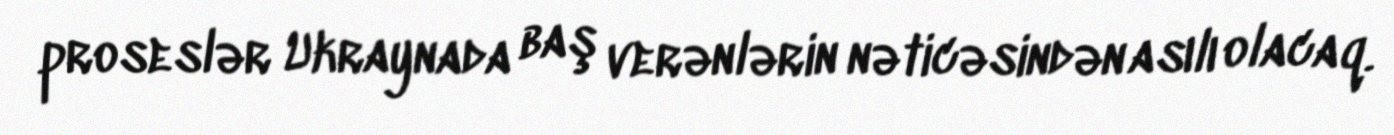
proseslər Ukraynada baş verənlərin nəticəsindən asılı olacaq.